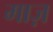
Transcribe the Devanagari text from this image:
माज़